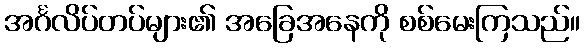
အင်္ဂလိပ်တပ်များ၏ အခြေအနေကို စစ်မေးကြသည်။